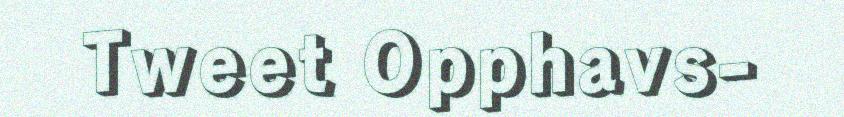
Tweet Opphavs-